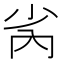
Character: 𫴻